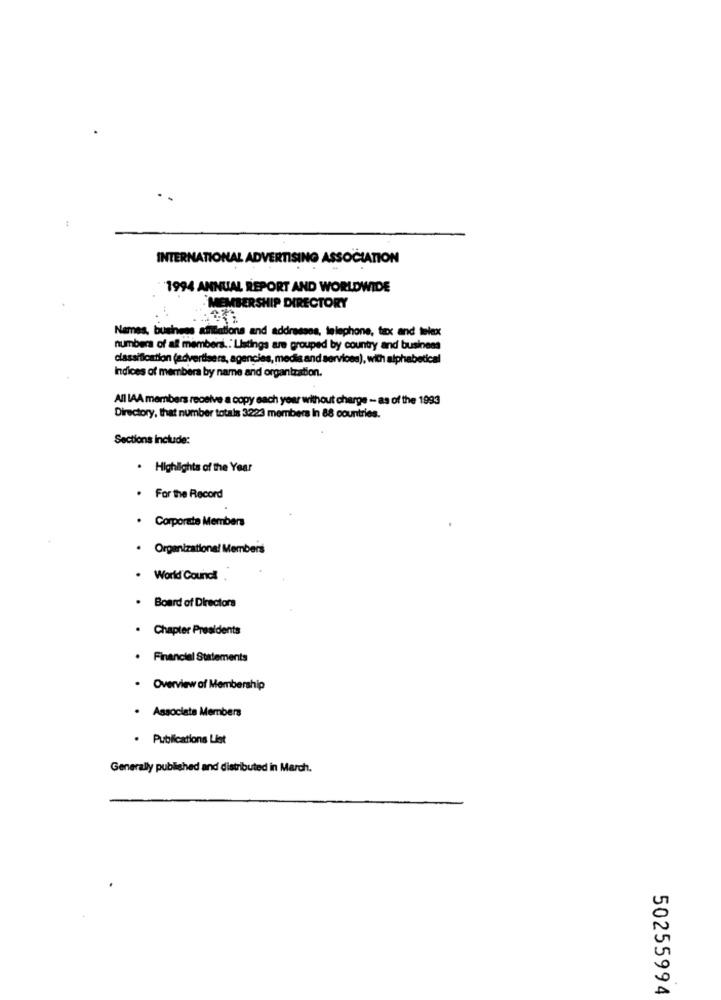
INTERNATIONAL ADVERTISING ASSOCIATION
1994 ANNUAL REPORT AND WORLDWIDE
MEMBERSHIP DIRECTORY
Names, business amintations and addresses, telephone, tax and telex
numbers of all members .: Listings are grouped by country and business
classification (advertisers, agencies, medis and services), with alphabetical
Indices of members by name and organization.
All IAA members receive a copy each year without charge - as of the 1993
Directory, that number totals 3223 members In 88 countries.
Sections Include:
. Highlights of the Year
. For the Record
. Corporate Members
. Organizational Members
. World Cound
Board of Directors
Chapter Presidents
. Financial Statements
. Overview of Membership
. Associate Members
. Publications List
Generally published and distributed in March.
50255994